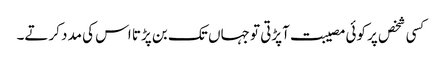
کسی شخص پر کوئی مصیبت آپڑتی تو جہاں تک بن پڑتا اس کی مدد کرتے۔